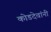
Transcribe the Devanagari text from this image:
कोडदेवांनी